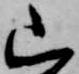
山